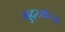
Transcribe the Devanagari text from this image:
मुद्य्यांच्या